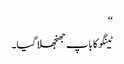
‘‘
ٹینگو کا باپ جھنجھلا گیا۔